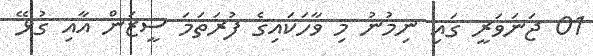
01 ޖަނަވަރީ ގައި ނިމުނު މި ވާހަކައިގެ ފުރަތަމަ ސީޒަން އާއި ގުޅޭ